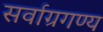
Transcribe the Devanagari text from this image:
सर्वाग्रगण्य